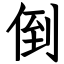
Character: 倒